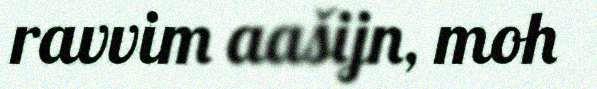
ravvim aašijn, moh